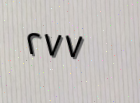
٢٧٧